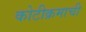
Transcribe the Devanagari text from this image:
कोटीक्रमाची